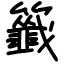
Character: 籤